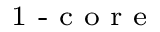
_ { \textrm { 1 - c o r e } }